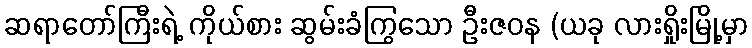
ဆရာတော်ကြီးရဲ့ ကိုယ်စား ဆွမ်းခံကြွသော ဦးဇဝန (ယခု လားရှိုးမြို့မှာ